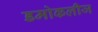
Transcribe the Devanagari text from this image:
डमोकलीज